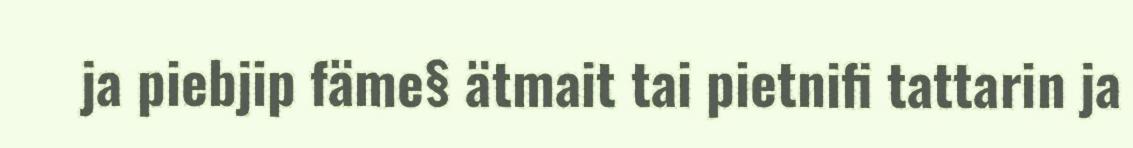
ja piebjip fäme§ ätmait tai pietnifi tattarin ja